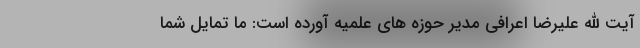
آیت الله علیرضا اعرافی مدیر حوزه های علمیه آورده است: ما تمایل شما